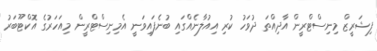
ފިޝަރީޒް މިނިސްޓްރީން އާދިއްތަ ދުވަހު ކުރި އިއުލާނެއްގައި ބުނެފައިވަނީ އެމިނިސްޓްރީން މިއަހަރުގެ އޮކްޓޫބަރު